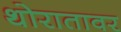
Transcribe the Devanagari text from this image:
थोरातावर